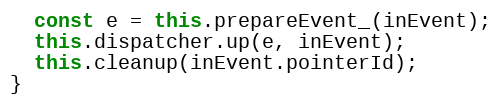
Language: JavaScript
  const e = this.prepareEvent_(inEvent);
  this.dispatcher.up(e, inEvent);
  this.cleanup(inEvent.pointerId);
}